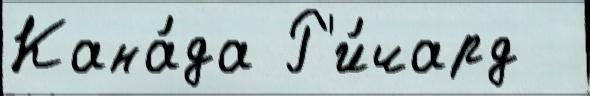
Кана́да Р'и́чард